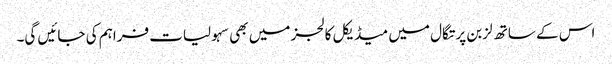
اس کے ساتھ لزبن پرتگال میں میڈیکل کالجز میں بھی سہولیات فراہم کی جائیں گی۔